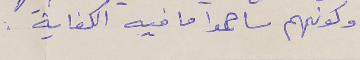
وكونهم ساهموا ما فيه الكفاية :